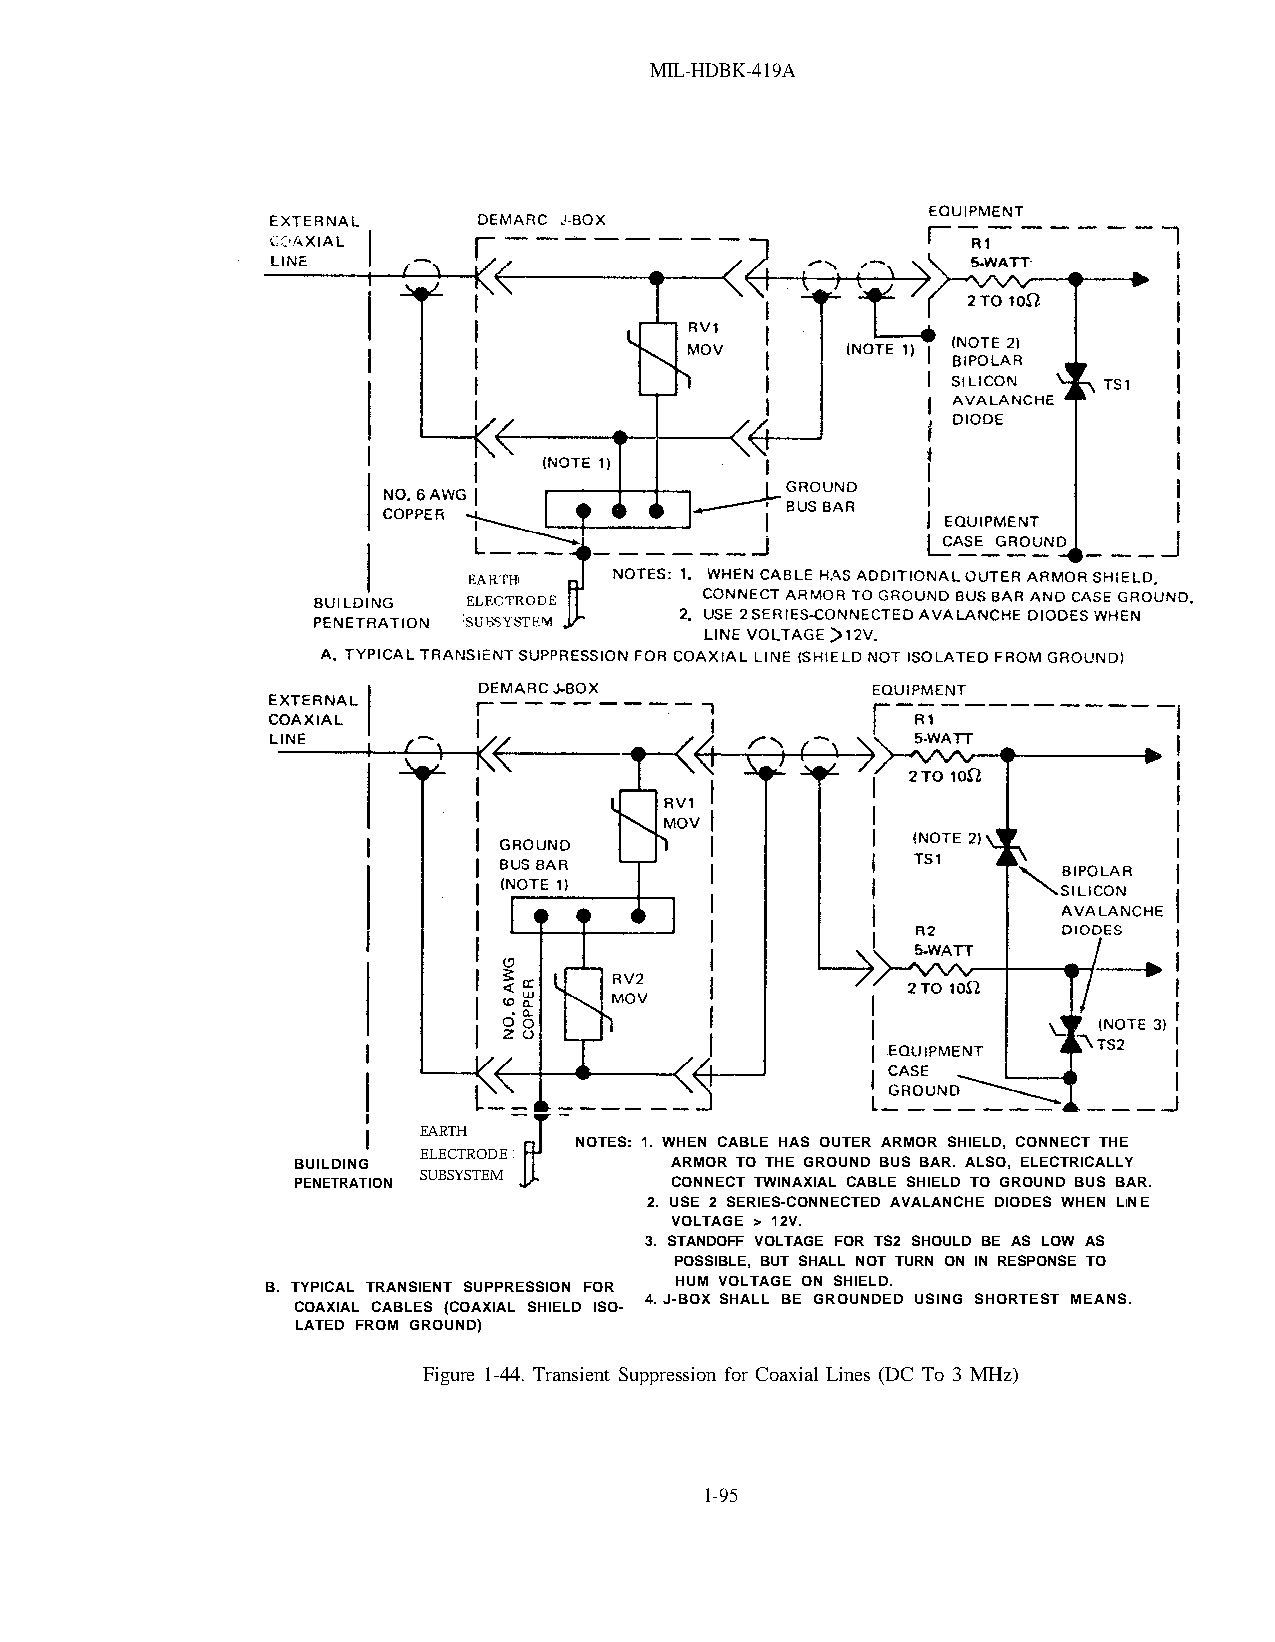
MIL-HDBK-419A
 EARTH
 NOTES: 1. WHEN CABLE HAS OUTER ARMOR SHIELD, CONNECT THE
 ELECTRODE
 BUILDING                 ARMOR TO THE GROUND BUS BAR. ALSO, ELECTRICALLY
 PENETRATION SUBSYSTEM    CONNECT TWINAXIAL CABLE SHIELD TO GROUND BUS BAR.
 2. USE 2 SERIES-CONNECTED AVALANCHE DIODES WHEN LINE
 VOLTAGE > 12V.
 3. STANDOFF VOLTAGE FOR TS2 SHOULD BE AS LOW AS
 POSSIBLE, BUT SHALL NOT TURN ON IN RESPONSE TO
 HUM VOLTAGE ON SHIELD.
 B. TYPICAL TRANSIENT SUPPRESSION FOR
 4. J-BOX SHALL BE GROUNDED USING SHORTEST MEANS.
 COAXIAL CABLES (COAXIAL SHIELD ISO-
 LATED FROM GROUND)
 Figure 1-44. Transient Suppression for Coaxial Lines (DC To 3 MHz)
 1-95